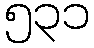
၅၃၁